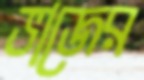
ভাজের